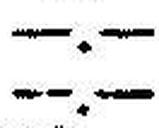
—.—